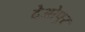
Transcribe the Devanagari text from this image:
देओपुर